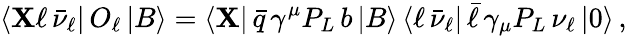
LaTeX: \langle\mathbf{X}\ell\, \bar{{\nu}}_{\ell}|\, O_{\ell}\, |B\rangle=\langle\mathbf{X}|\, \bar{{q}}\, \gamma^{\mu}P_{L}\, b\, |B\rangle\, \langle\ell\, \bar{{\nu}}_{\ell}|\, \bar{{\ell}}\, \gamma_{\mu}P_{L}\, \nu_{\ell}\, |0\rangle\, ,